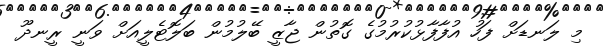
މި ލަނޑަށް ފަހު އުފާފާޅުކުރުމުގެ ގޮތުން ޖާޒީ ބޭލުމުން ބަލޮޓެލީއަށް ވަނީ ރީނދޫ